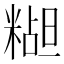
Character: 𬖭